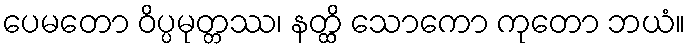
ပေမတော ဝိပ္ပမုတ္တဿ၊ နတ္ထိ သောကော ကုတော ဘယံ။